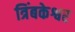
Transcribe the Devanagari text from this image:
त्रिंबकेश्वर